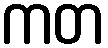
ကတ